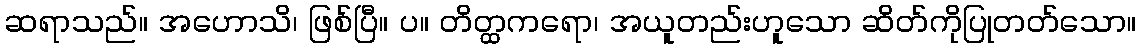
ဆရာသည်။ အဟောသိ၊ ဖြစ်ပြီ။ ပ။ တိတ္ထကရော၊ အယူတည်းဟူသော ဆိတ်ကိုပြုတတ်သော။